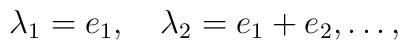
\lambda_1=e_1, \quad \lambda_2=e_1+e_2,\ldots,